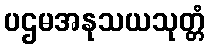
ပဌမအနုသယသုတ္တံ